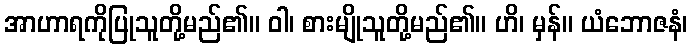
အာဟာရကိုပြုသူတို့မည်၏။ ဝါ၊ စားမျိုသူတို့မည်၏။ ဟိ၊ မှန်။ ယံဘောဇနံ၊